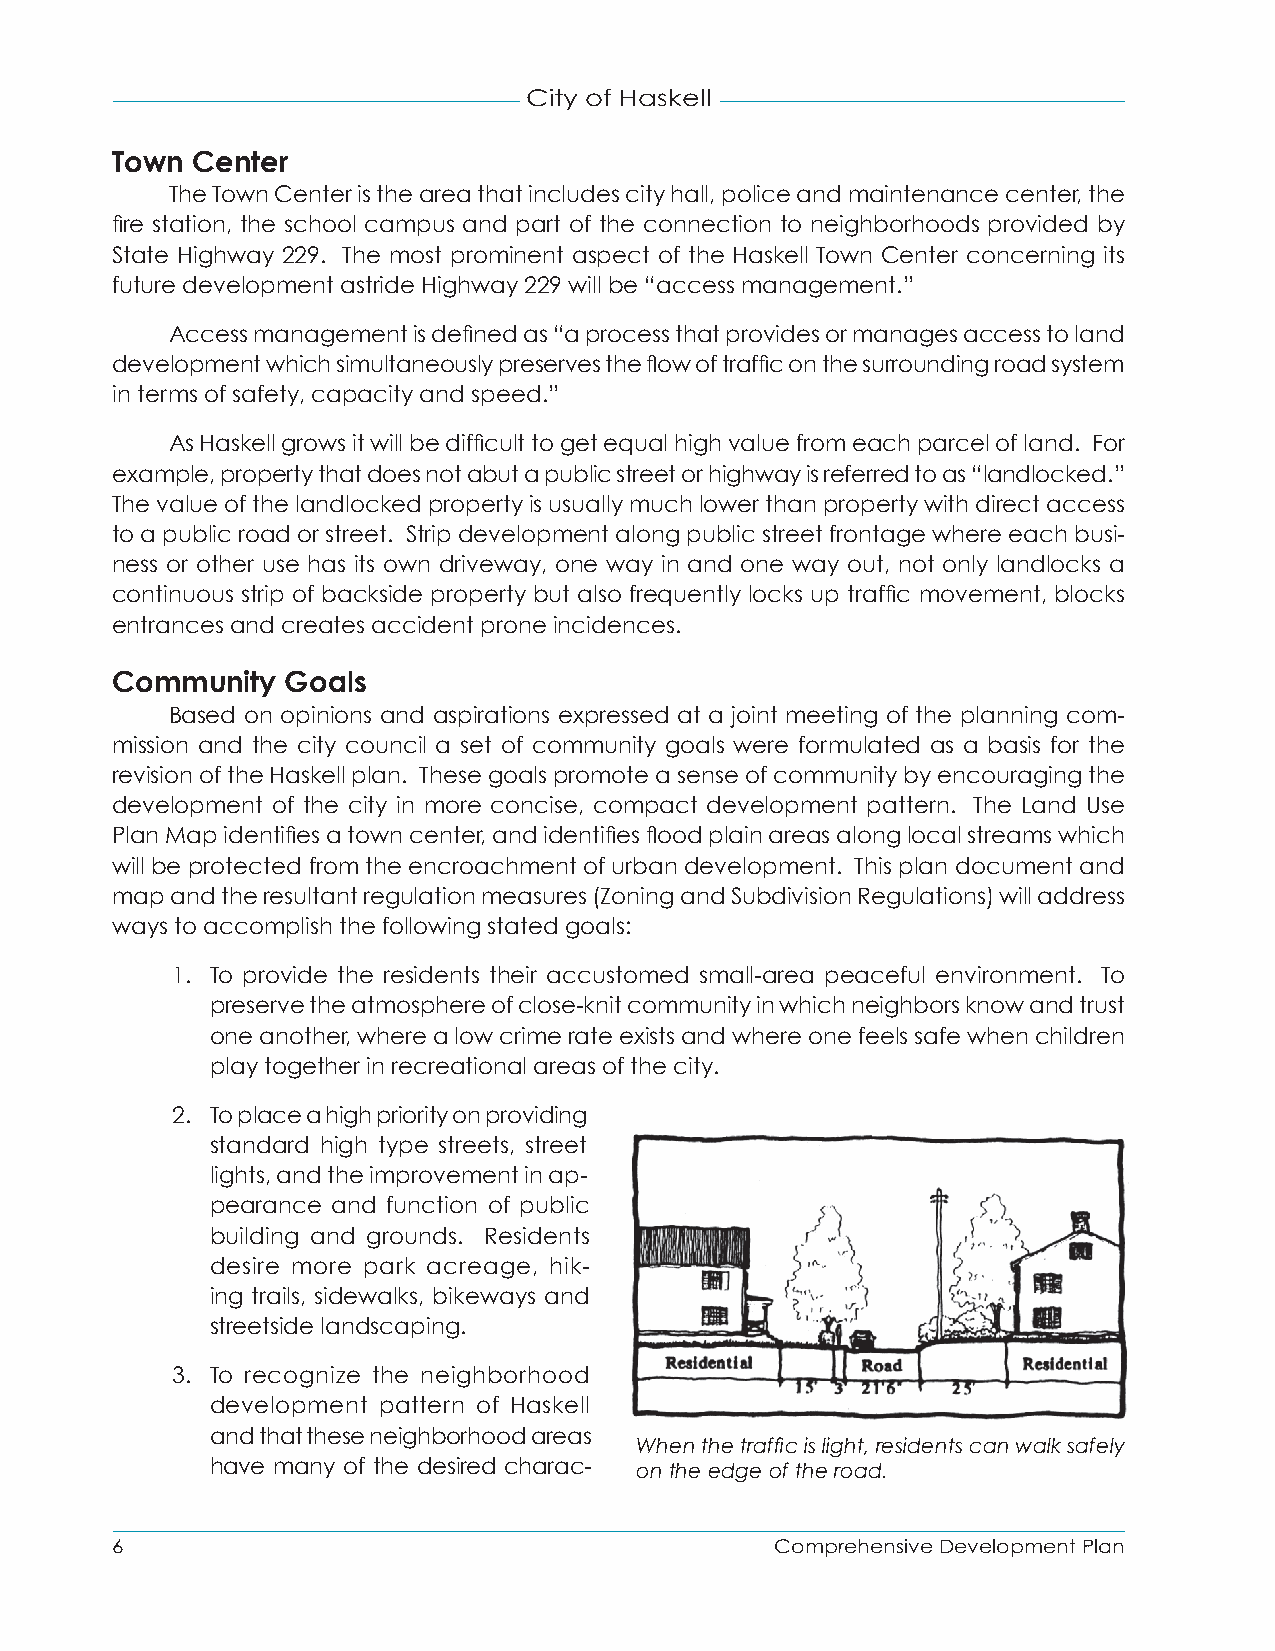
City of Haskell
 Town  Center
 The Town Center is the area that includes city hall, police and maintenance center, the
 fire station, the school campus and part of the connection to neighborhoods provided by
 State Highway 229. The most prominent aspect of the Haskell Town Center concerning its
 future development astride Highway 229 will be “access management.”
 Access management is defined as “a process that provides or manages access to land
 development which simultaneously preserves the flow of traffic on the surrounding road system
 in terms of safety, capacity and speed.”
 As Haskell grows it will be difficult to get equal high value from each parcel of land. For
 example, property that does not abut a public street or highway is referred to as “landlocked.”
 The value of the landlocked property is usually much lower than property with direct access
 to a public road or street. Strip development along public street frontage where each busi-
 ness or other use has its own driveway, one way in and one way out, not only landlocks a
 continuous strip of backside property but also frequently locks up traffic movement, blocks
 entrances and creates accident prone incidences.
 Community   Goals
 Based on opinions and aspirations expressed at a joint meeting of the planning com-
 mission and the city council a set of community goals were formulated as a basis for the
 revision of the Haskell plan. These goals promote a sense of community by encouraging the
 development of the city in more concise, compact development pattern. The Land Use
 Plan Map identifies a town center, and identifies flood plain areas along local streams which
 will be protected from the encroachment of urban development. This plan document and
 map and the resultant regulation measures (Zoning and Subdivision Regulations) will address
 ways to accomplish the following stated goals:
 1. To provide the residents their accustomed small-area peaceful environment. To
 preserve the atmosphere of close-knit community in which neighbors know and trust
 one another, where a low crime rate exists and where one feels safe when children
 play together in recreational areas of the city.
 2. To place a high priority on providing
 standard high type streets, street
 lights, and the improvement in ap-
 pearance and function of public
 building and grounds. Residents
 desire more park acreage, hik-
 ing trails, sidewalks, bikeways and
 streetside landscaping.
 3. To recognize the neighborhood
 development pattern of Haskell
 and that these neighborhood areas
 When the traffic is light, residents can walk safely
 have many of the desired charac- on the edge of the road.
 6                                           Comprehensive Development Plan